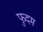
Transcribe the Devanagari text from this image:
फुदम